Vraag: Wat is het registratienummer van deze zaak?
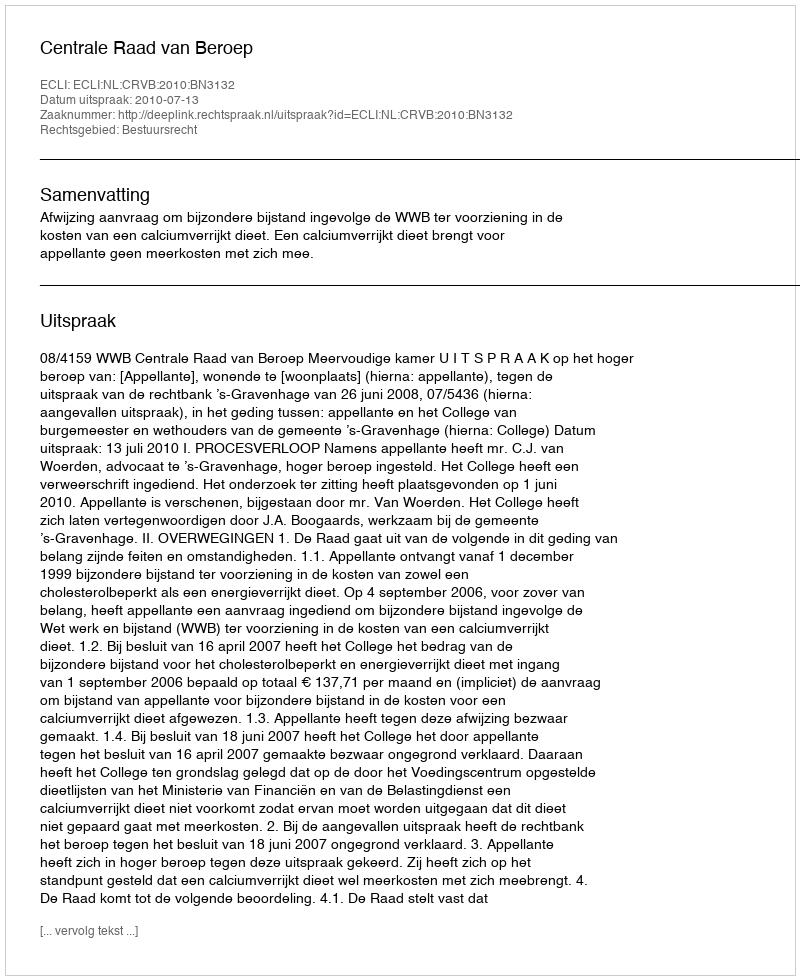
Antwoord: http://deeplink.rechtspraak.nl/uitspraak?id=ECLI:NL:CRVB:2010:BN3132